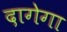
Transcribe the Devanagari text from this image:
दागेगा